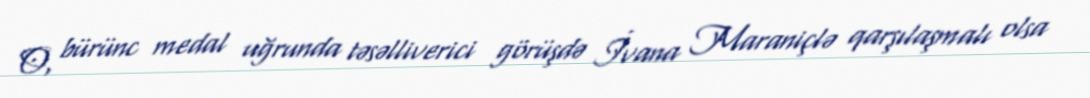
O, bürünc medal uğrunda təsəlliverici görüşdə İvana Maraniçlə qarşılaşmalı olsa